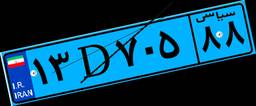
۷۲D۴۱۶۵۴